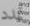
تمدد